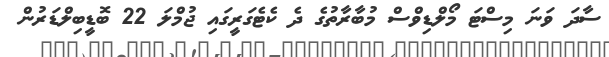
ސާދަ ވަނަ މިސްޓަ މޯލްޑިވްސް މުބާރާތުގެ ދެ ކެޓެގަރީގައި ޖުމްލަ 22 ބޮޑީބިލްޑަރުން